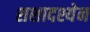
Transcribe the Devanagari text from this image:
शशादश्येन